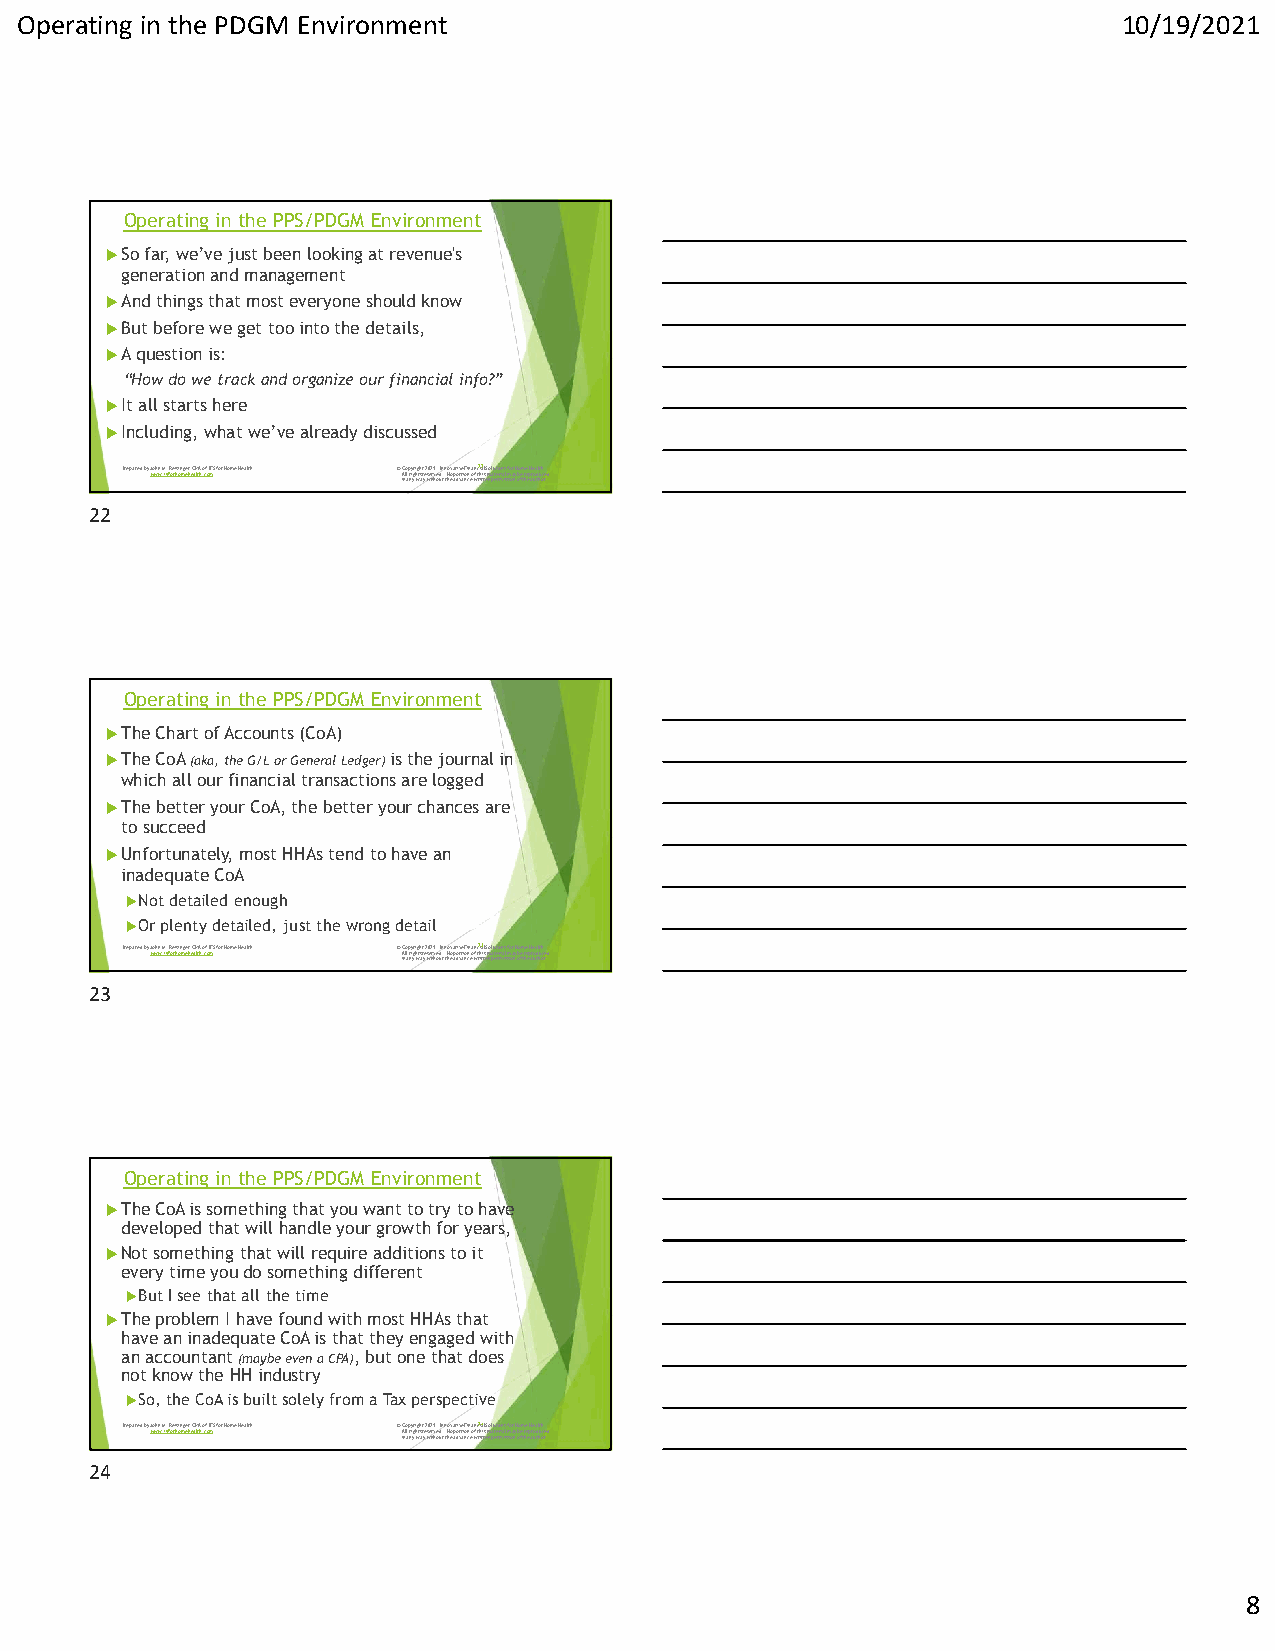
Operating in the PDGM Environment                                        10/19/2021
 Operating in the PPS/PDGM Environment
 So far, we’ve just been looking at revenue's
 generation and management
 And things that most everyone should know
 But before we get too into the details,
 A question is:
 “How do we track and organize our financial info?”
 It all starts here
 Including, what we’ve already discussed
 Prepared by Jwowhnw M.if.s Rfoerihsionmgeerh,e CaPltAh .ocfo ImFS for Home Health © AiC nlo la prnyigyrhi wgthsa try e2 w0se2 itr1 hv. oe udIn t.n t No hv eoa patodivrvetai Fonincn e oa wfn ctr2 hi ia2 titls e Smno al puteteriro minaisls sfmo ioar n yH o bo fem t hreee Hp are uoa tdl htuh ocre.d
 22
 Operating in the PPS/PDGM Environment
 The Chart of Accounts (CoA)
 The CoA (aka, the G/L or General Ledger) is the journal in
 which all our financial transactions are logged
 The better your CoA, the better your chances are
 to succeed
 Unfortunately, most HHAs tend to have an
 inadequate CoA
 Not detailed enough
 Or plenty detailed, just the wrong detail
 Prepared by Jwowhnw M.if.s Rfoerihsionmgeerh,e CaPltAh .ocfo ImFS for Home Health © AiC nlo la prnyigyrhi wgthsa try e2 w0se2 itr1 hv. oe udIn t.n t No hv eoa patodivrvetai Fonincn e oa wfn ctr2 hi ia3 titls e Smno al puteteriro minaisls sfmo ioar n yH o bo fem t hreee Hp are uoa tdl htuh ocre.d
 23
 Operating in the PPS/PDGM Environment
 The CoA is something that you want to try to have
 developed that will handle your growth for years,
 Not something that will require additions to it
 every time you do something different
 But I see that all the time
 The problem I have found with most HHAs that
 have an inadequate CoA is that they engaged with
 an accountant (maybe even a CPA), but one that does
 not know the HH industry
 So, the CoA is built solely from a Tax perspective
 Prepared by Jwowhnw M.if.s Rfoerihsionmgeerh,e CaPltAh .ocfo ImFS for Home Health © AiC nlo la prnyigyrhi wgthsa try e2 w0se2 itr1 hv. oe udIn t.n t No hv eoa patodivrvetai Fonincn e oa wfn ctr2 hi ia4 titls e Smno al puteteriro minaisls sfmo ioar n yH o bo fem t hreee Hp are uoa tdl htuh ocre.d
 24
 8